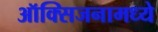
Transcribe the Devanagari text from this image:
ऑक्सिजनामध्ये